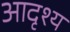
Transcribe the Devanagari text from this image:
आदृश्य